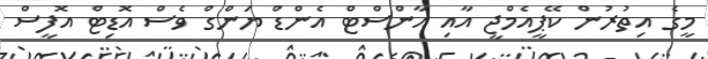
މީގެ އިތުރުން ކޭޕީއެމްޖީ އާއި އާންސްޓް އެންޑް ޔަންގް ވެސް އޮޑިޓް އޮފީސް